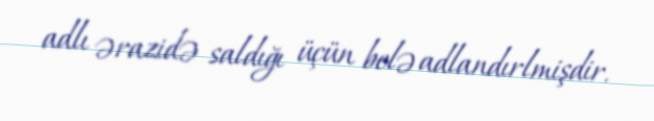
adlı ərazidə saldığı üçün belə adlandırlmişdir.